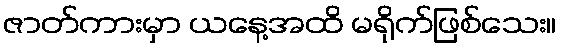
ဇာတ်ကားမှာ ယနေ့အထိ မရိုက်ဖြစ်သေး။